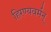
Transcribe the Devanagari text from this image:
हिरण्यवर्मन्